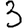
Digit: 3